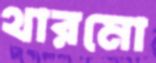
থারমো